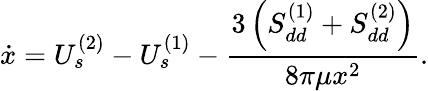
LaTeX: \dot{x}=U_{s}^{(2)}-U_{s}^{(1)}-\frac{3\left(S_{dd}^{(1)}+S_{dd}^{(2)}\right)}{8\pi\mu x^{2}}.